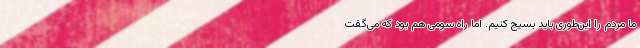
ما مردم را این‌طوری باید بسیج کنیم. اما راه سومی هم بود که می‌گفت